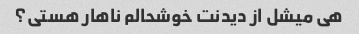
هی میشل از دیدنت خوشحالم ناهار هستی؟